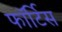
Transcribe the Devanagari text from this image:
फॉर्टिस